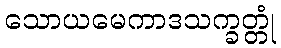
သောယမေကာဒသက္ခတ္တုံ